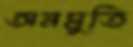
অনমুতি